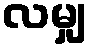
လမျှ